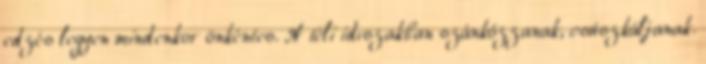
edzés legyen mindenkor önkéntes. A téli idıszakban szánkózzanak, csúszkáljanak.